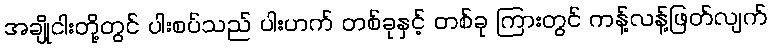
အချို့ငါးတို့တွင် ပါးစပ်သည် ပါးဟက် တစ်ခုနှင့် တစ်ခု ကြားတွင် ကန့်လန့်ဖြတ်လျက်